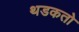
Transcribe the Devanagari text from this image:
थडकतो